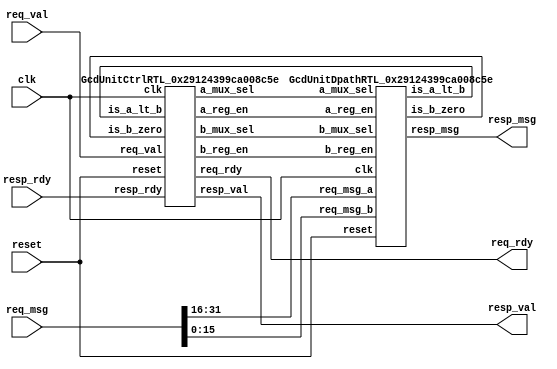
//-----------------------------------------------------------------------------
// GcdUnit
//-----------------------------------------------------------------------------
// dump-vcd: False
// verilator-xinit: zeros
`default_nettype none
module GcdUnit
(
  input  wire [   0:0] clk,
  input  wire [  31:0] req_msg,
  output wire [   0:0] req_rdy,
  input  wire [   0:0] req_val,
  input  wire [   0:0] reset,
  output wire [  15:0] resp_msg,
  input  wire [   0:0] resp_rdy,
  output wire [   0:0] resp_val
);

  // ctrl temporaries
  wire   [   0:0] ctrl$is_b_zero;
  wire   [   0:0] ctrl$resp_rdy;
  wire   [   0:0] ctrl$clk;
  wire   [   0:0] ctrl$is_a_lt_b;
  wire   [   0:0] ctrl$req_val;
  wire   [   0:0] ctrl$reset;
  wire   [   1:0] ctrl$a_mux_sel;
  wire   [   0:0] ctrl$resp_val;
  wire   [   0:0] ctrl$b_mux_sel;
  wire   [   0:0] ctrl$b_reg_en;
  wire   [   0:0] ctrl$a_reg_en;
  wire   [   0:0] ctrl$req_rdy;

  GcdUnitCtrlRTL_0x29124399ca008c5e ctrl
  (
    .is_b_zero ( ctrl$is_b_zero ),
    .resp_rdy  ( ctrl$resp_rdy ),
    .clk       ( ctrl$clk ),
    .is_a_lt_b ( ctrl$is_a_lt_b ),
    .req_val   ( ctrl$req_val ),
    .reset     ( ctrl$reset ),
    .a_mux_sel ( ctrl$a_mux_sel ),
    .resp_val  ( ctrl$resp_val ),
    .b_mux_sel ( ctrl$b_mux_sel ),
    .b_reg_en  ( ctrl$b_reg_en ),
    .a_reg_en  ( ctrl$a_reg_en ),
    .req_rdy   ( ctrl$req_rdy )
  );

  // dpath temporaries
  wire   [   1:0] dpath$a_mux_sel;
  wire   [   0:0] dpath$clk;
  wire   [  15:0] dpath$req_msg_b;
  wire   [  15:0] dpath$req_msg_a;
  wire   [   0:0] dpath$b_mux_sel;
  wire   [   0:0] dpath$reset;
  wire   [   0:0] dpath$b_reg_en;
  wire   [   0:0] dpath$a_reg_en;
  wire   [   0:0] dpath$is_b_zero;
  wire   [  15:0] dpath$resp_msg;
  wire   [   0:0] dpath$is_a_lt_b;

  GcdUnitDpathRTL_0x29124399ca008c5e dpath
  (
    .a_mux_sel ( dpath$a_mux_sel ),
    .clk       ( dpath$clk ),
    .req_msg_b ( dpath$req_msg_b ),
    .req_msg_a ( dpath$req_msg_a ),
    .b_mux_sel ( dpath$b_mux_sel ),
    .reset     ( dpath$reset ),
    .b_reg_en  ( dpath$b_reg_en ),
    .a_reg_en  ( dpath$a_reg_en ),
    .is_b_zero ( dpath$is_b_zero ),
    .resp_msg  ( dpath$resp_msg ),
    .is_a_lt_b ( dpath$is_a_lt_b )
  );

  // signal connections
  assign ctrl$clk        = clk;
  assign ctrl$is_a_lt_b  = dpath$is_a_lt_b;
  assign ctrl$is_b_zero  = dpath$is_b_zero;
  assign ctrl$req_val    = req_val;
  assign ctrl$reset      = reset;
  assign ctrl$resp_rdy   = resp_rdy;
  assign dpath$a_mux_sel = ctrl$a_mux_sel;
  assign dpath$a_reg_en  = ctrl$a_reg_en;
  assign dpath$b_mux_sel = ctrl$b_mux_sel;
  assign dpath$b_reg_en  = ctrl$b_reg_en;
  assign dpath$clk       = clk;
  assign dpath$req_msg_a = req_msg[31:16];
  assign dpath$req_msg_b = req_msg[15:0];
  assign dpath$reset     = reset;
  assign req_rdy         = ctrl$req_rdy;
  assign resp_msg        = dpath$resp_msg;
  assign resp_val        = ctrl$resp_val;



endmodule // GcdUnit
`default_nettype wire

//-----------------------------------------------------------------------------
// GcdUnitCtrlRTL_0x29124399ca008c5e
//-----------------------------------------------------------------------------
// dump-vcd: False
// verilator-xinit: zeros
`default_nettype none
module GcdUnitCtrlRTL_0x29124399ca008c5e
(
  output reg  [   1:0] a_mux_sel,
  output reg  [   0:0] a_reg_en,
  output reg  [   0:0] b_mux_sel,
  output reg  [   0:0] b_reg_en,
  input  wire [   0:0] clk,
  input  wire [   0:0] is_a_lt_b,
  input  wire [   0:0] is_b_zero,
  output reg  [   0:0] req_rdy,
  input  wire [   0:0] req_val,
  input  wire [   0:0] reset,
  input  wire [   0:0] resp_rdy,
  output reg  [   0:0] resp_val
);

  // register declarations
  reg    [   1:0] curr_state__0;
  reg    [   1:0] current_state__1;
  reg    [   0:0] do_sub;
  reg    [   0:0] do_swap;
  reg    [   1:0] next_state__0;
  reg    [   1:0] state$in_;

  // localparam declarations
  localparam A_MUX_SEL_B = 2;
  localparam A_MUX_SEL_IN = 0;
  localparam A_MUX_SEL_SUB = 1;
  localparam A_MUX_SEL_X = 0;
  localparam B_MUX_SEL_A = 0;
  localparam B_MUX_SEL_IN = 1;
  localparam B_MUX_SEL_X = 0;
  localparam STATE_CALC = 1;
  localparam STATE_DONE = 2;
  localparam STATE_IDLE = 0;

  // state temporaries
  wire   [   0:0] state$reset;
  wire   [   0:0] state$clk;
  wire   [   1:0] state$out;

  RegRst_0x9f365fdf6c8998a state
  (
    .reset ( state$reset ),
    .in_   ( state$in_ ),
    .clk   ( state$clk ),
    .out   ( state$out )
  );

  // signal connections
  assign state$clk   = clk;
  assign state$reset = reset;


  // PYMTL SOURCE:
  //
  // @s.combinational
  // def state_transitions():
  //
  //       curr_state = s.state.out
  //       next_state = s.state.out
  //
  //       # Transitions out of IDLE state
  //
  //       if ( curr_state == s.STATE_IDLE ):
  //         if ( s.req_val and s.req_rdy ):
  //           next_state = s.STATE_CALC
  //
  //       # Transitions out of CALC state
  //
  //       if ( curr_state == s.STATE_CALC ):
  //         if ( not s.is_a_lt_b and s.is_b_zero ):
  //           next_state = s.STATE_DONE
  //
  //       # Transitions out of DONE state
  //
  //       if ( curr_state == s.STATE_DONE ):
  //         if ( s.resp_val and s.resp_rdy ):
  //           next_state = s.STATE_IDLE
  //
  //       s.state.in_.value = next_state

  // logic for state_transitions()
  always @ (*) begin
    curr_state__0 = state$out;
    next_state__0 = state$out;
    if ((curr_state__0 == STATE_IDLE)) begin
      if ((req_val&&req_rdy)) begin
        next_state__0 = STATE_CALC;
      end
      else begin
      end
    end
    else begin
    end
    if ((curr_state__0 == STATE_CALC)) begin
      if ((!is_a_lt_b&&is_b_zero)) begin
        next_state__0 = STATE_DONE;
      end
      else begin
      end
    end
    else begin
    end
    if ((curr_state__0 == STATE_DONE)) begin
      if ((resp_val&&resp_rdy)) begin
        next_state__0 = STATE_IDLE;
      end
      else begin
      end
    end
    else begin
    end
    state$in_ = next_state__0;
  end

  // PYMTL SOURCE:
  //
  // @s.combinational
  // def state_outputs():
  //
  //       current_state = s.state.out
  //
  //       # Avoid latches
  //
  //       s.do_swap.value   = 0
  //       s.do_sub .value   = 0
  //
  //       s.req_rdy.value   = 0
  //       s.resp_val.value  = 0
  //       s.a_mux_sel.value = 0
  //       s.a_reg_en.value  = 0
  //       s.b_mux_sel.value = 0
  //       s.b_reg_en.value  = 0
  //
  //       # In IDLE state we simply wait for inputs to arrive and latch them
  //
  //       if current_state == s.STATE_IDLE:
  //         s.req_rdy.value   = 1
  //         s.resp_val.value  = 0
  //         s.a_mux_sel.value = A_MUX_SEL_IN
  //         s.a_reg_en.value  = 1
  //         s.b_mux_sel.value = B_MUX_SEL_IN
  //         s.b_reg_en.value  = 1
  //
  //       # In CALC state we iteratively swap/sub to calculate GCD
  //
  //       elif current_state == s.STATE_CALC:
  //
  //         s.do_swap.value = s.is_a_lt_b
  //         s.do_sub.value  = ~s.is_b_zero
  //
  //         s.req_rdy.value   = 0
  //         s.resp_val.value  = 0
  //         s.a_mux_sel.value = A_MUX_SEL_B if s.do_swap else A_MUX_SEL_SUB
  //         s.a_reg_en.value  = 1
  //         s.b_mux_sel.value = B_MUX_SEL_A
  //         s.b_reg_en.value  = s.do_swap
  //
  //       # In DONE state we simply wait for output transaction to occur
  //
  //       elif current_state == s.STATE_DONE:
  //         s.req_rdy.value   = 0
  //         s.resp_val.value  = 1
  //         s.a_mux_sel.value = A_MUX_SEL_X
  //         s.a_reg_en.value  = 0
  //         s.b_mux_sel.value = B_MUX_SEL_X
  //         s.b_reg_en.value  = 0

  // logic for state_outputs()
  always @ (*) begin
    current_state__1 = state$out;
    do_swap = 0;
    do_sub = 0;
    req_rdy = 0;
    resp_val = 0;
    a_mux_sel = 0;
    a_reg_en = 0;
    b_mux_sel = 0;
    b_reg_en = 0;
    if ((current_state__1 == STATE_IDLE)) begin
      req_rdy = 1;
      resp_val = 0;
      a_mux_sel = A_MUX_SEL_IN;
      a_reg_en = 1;
      b_mux_sel = B_MUX_SEL_IN;
      b_reg_en = 1;
    end
    else begin
      if ((current_state__1 == STATE_CALC)) begin
        do_swap = is_a_lt_b;
        do_sub = ~is_b_zero;
        req_rdy = 0;
        resp_val = 0;
        a_mux_sel = do_swap ? A_MUX_SEL_B : A_MUX_SEL_SUB;
        a_reg_en = 1;
        b_mux_sel = B_MUX_SEL_A;
        b_reg_en = do_swap;
      end
      else begin
        if ((current_state__1 == STATE_DONE)) begin
          req_rdy = 0;
          resp_val = 1;
          a_mux_sel = A_MUX_SEL_X;
          a_reg_en = 0;
          b_mux_sel = B_MUX_SEL_X;
          b_reg_en = 0;
        end
        else begin
        end
      end
    end
  end


endmodule // GcdUnitCtrlRTL_0x29124399ca008c5e
`default_nettype wire

//-----------------------------------------------------------------------------
// RegRst_0x9f365fdf6c8998a
//-----------------------------------------------------------------------------
// dtype: 2
// reset_value: 0
// dump-vcd: False
// verilator-xinit: zeros
`default_nettype none
module RegRst_0x9f365fdf6c8998a
(
  input  wire [   0:0] clk,
  input  wire [   1:0] in_,
  output reg  [   1:0] out,
  input  wire [   0:0] reset
);

  // localparam declarations
  localparam reset_value = 0;



  // PYMTL SOURCE:
  //
  // @s.posedge_clk
  // def seq_logic():
  //       if s.reset:
  //         s.out.next = reset_value
  //       else:
  //         s.out.next = s.in_

  // logic for seq_logic()
  always @ (posedge clk) begin
    if (reset) begin
      out <= reset_value;
    end
    else begin
      out <= in_;
    end
  end


endmodule // RegRst_0x9f365fdf6c8998a
`default_nettype wire

//-----------------------------------------------------------------------------
// GcdUnitDpathRTL_0x29124399ca008c5e
//-----------------------------------------------------------------------------
// dump-vcd: False
// verilator-xinit: zeros
`default_nettype none
module GcdUnitDpathRTL_0x29124399ca008c5e
(
  input  wire [   1:0] a_mux_sel,
  input  wire [   0:0] a_reg_en,
  input  wire [   0:0] b_mux_sel,
  input  wire [   0:0] b_reg_en,
  input  wire [   0:0] clk,
  output wire [   0:0] is_a_lt_b,
  output wire [   0:0] is_b_zero,
  input  wire [  15:0] req_msg_a,
  input  wire [  15:0] req_msg_b,
  input  wire [   0:0] reset,
  output wire [  15:0] resp_msg
);

  // wire declarations
  wire   [  15:0] sub_out;
  wire   [  15:0] b_reg_out;


  // a_reg temporaries
  wire   [   0:0] a_reg$reset;
  wire   [  15:0] a_reg$in_;
  wire   [   0:0] a_reg$clk;
  wire   [   0:0] a_reg$en;
  wire   [  15:0] a_reg$out;

  RegEn_0x68db79c4ec1d6e5b a_reg
  (
    .reset ( a_reg$reset ),
    .in_   ( a_reg$in_ ),
    .clk   ( a_reg$clk ),
    .en    ( a_reg$en ),
    .out   ( a_reg$out )
  );

  // a_lt_b temporaries
  wire   [   0:0] a_lt_b$reset;
  wire   [   0:0] a_lt_b$clk;
  wire   [  15:0] a_lt_b$in0;
  wire   [  15:0] a_lt_b$in1;
  wire   [   0:0] a_lt_b$out;

  LtComparator_0x422b1f52edd46a85 a_lt_b
  (
    .reset ( a_lt_b$reset ),
    .clk   ( a_lt_b$clk ),
    .in0   ( a_lt_b$in0 ),
    .in1   ( a_lt_b$in1 ),
    .out   ( a_lt_b$out )
  );

  // b_zero temporaries
  wire   [   0:0] b_zero$reset;
  wire   [  15:0] b_zero$in_;
  wire   [   0:0] b_zero$clk;
  wire   [   0:0] b_zero$out;

  ZeroComparator_0x422b1f52edd46a85 b_zero
  (
    .reset ( b_zero$reset ),
    .in_   ( b_zero$in_ ),
    .clk   ( b_zero$clk ),
    .out   ( b_zero$out )
  );

  // a_mux temporaries
  wire   [   0:0] a_mux$reset;
  wire   [  15:0] a_mux$in_$000;
  wire   [  15:0] a_mux$in_$001;
  wire   [  15:0] a_mux$in_$002;
  wire   [   0:0] a_mux$clk;
  wire   [   1:0] a_mux$sel;
  wire   [  15:0] a_mux$out;

  Mux_0x683fa1a418b072c9 a_mux
  (
    .reset   ( a_mux$reset ),
    .in_$000 ( a_mux$in_$000 ),
    .in_$001 ( a_mux$in_$001 ),
    .in_$002 ( a_mux$in_$002 ),
    .clk     ( a_mux$clk ),
    .sel     ( a_mux$sel ),
    .out     ( a_mux$out )
  );

  // b_mux temporaries
  wire   [   0:0] b_mux$reset;
  wire   [  15:0] b_mux$in_$000;
  wire   [  15:0] b_mux$in_$001;
  wire   [   0:0] b_mux$clk;
  wire   [   0:0] b_mux$sel;
  wire   [  15:0] b_mux$out;

  Mux_0xdd6473406d1a99a b_mux
  (
    .reset   ( b_mux$reset ),
    .in_$000 ( b_mux$in_$000 ),
    .in_$001 ( b_mux$in_$001 ),
    .clk     ( b_mux$clk ),
    .sel     ( b_mux$sel ),
    .out     ( b_mux$out )
  );

  // sub temporaries
  wire   [   0:0] sub$reset;
  wire   [   0:0] sub$clk;
  wire   [  15:0] sub$in0;
  wire   [  15:0] sub$in1;
  wire   [  15:0] sub$out;

  Subtractor_0x422b1f52edd46a85 sub
  (
    .reset ( sub$reset ),
    .clk   ( sub$clk ),
    .in0   ( sub$in0 ),
    .in1   ( sub$in1 ),
    .out   ( sub$out )
  );

  // b_reg temporaries
  wire   [   0:0] b_reg$reset;
  wire   [  15:0] b_reg$in_;
  wire   [   0:0] b_reg$clk;
  wire   [   0:0] b_reg$en;
  wire   [  15:0] b_reg$out;

  RegEn_0x68db79c4ec1d6e5b b_reg
  (
    .reset ( b_reg$reset ),
    .in_   ( b_reg$in_ ),
    .clk   ( b_reg$clk ),
    .en    ( b_reg$en ),
    .out   ( b_reg$out )
  );

  // signal connections
  assign a_lt_b$clk    = clk;
  assign a_lt_b$in0    = a_reg$out;
  assign a_lt_b$in1    = b_reg$out;
  assign a_lt_b$reset  = reset;
  assign a_mux$clk     = clk;
  assign a_mux$in_$000 = req_msg_a;
  assign a_mux$in_$001 = sub_out;
  assign a_mux$in_$002 = b_reg_out;
  assign a_mux$reset   = reset;
  assign a_mux$sel     = a_mux_sel;
  assign a_reg$clk     = clk;
  assign a_reg$en      = a_reg_en;
  assign a_reg$in_     = a_mux$out;
  assign a_reg$reset   = reset;
  assign b_mux$clk     = clk;
  assign b_mux$in_$000 = a_reg$out;
  assign b_mux$in_$001 = req_msg_b;
  assign b_mux$reset   = reset;
  assign b_mux$sel     = b_mux_sel;
  assign b_reg$clk     = clk;
  assign b_reg$en      = b_reg_en;
  assign b_reg$in_     = b_mux$out;
  assign b_reg$reset   = reset;
  assign b_reg_out     = b_reg$out;
  assign b_zero$clk    = clk;
  assign b_zero$in_    = b_reg$out;
  assign b_zero$reset  = reset;
  assign is_a_lt_b     = a_lt_b$out;
  assign is_b_zero     = b_zero$out;
  assign resp_msg      = sub$out;
  assign sub$clk       = clk;
  assign sub$in0       = a_reg$out;
  assign sub$in1       = b_reg$out;
  assign sub$reset     = reset;
  assign sub_out       = sub$out;



endmodule // GcdUnitDpathRTL_0x29124399ca008c5e
`default_nettype wire

//-----------------------------------------------------------------------------
// RegEn_0x68db79c4ec1d6e5b
//-----------------------------------------------------------------------------
// dtype: 16
// dump-vcd: False
// verilator-xinit: zeros
`default_nettype none
module RegEn_0x68db79c4ec1d6e5b
(
  input  wire [   0:0] clk,
  input  wire [   0:0] en,
  input  wire [  15:0] in_,
  output reg  [  15:0] out,
  input  wire [   0:0] reset
);



  // PYMTL SOURCE:
  //
  // @s.posedge_clk
  // def seq_logic():
  //       if s.en:
  //         s.out.next = s.in_

  // logic for seq_logic()
  always @ (posedge clk) begin
    if (en) begin
      out <= in_;
    end
    else begin
    end
  end


endmodule // RegEn_0x68db79c4ec1d6e5b
`default_nettype wire

//-----------------------------------------------------------------------------
// LtComparator_0x422b1f52edd46a85
//-----------------------------------------------------------------------------
// nbits: 16
// dump-vcd: False
// verilator-xinit: zeros
`default_nettype none
module LtComparator_0x422b1f52edd46a85
(
  input  wire [   0:0] clk,
  input  wire [  15:0] in0,
  input  wire [  15:0] in1,
  output reg  [   0:0] out,
  input  wire [   0:0] reset
);



  // PYMTL SOURCE:
  //
  // @s.combinational
  // def comb_logic():
  //       s.out.value = s.in0 < s.in1

  // logic for comb_logic()
  always @ (*) begin
    out = (in0 < in1);
  end


endmodule // LtComparator_0x422b1f52edd46a85
`default_nettype wire

//-----------------------------------------------------------------------------
// ZeroComparator_0x422b1f52edd46a85
//-----------------------------------------------------------------------------
// nbits: 16
// dump-vcd: False
// verilator-xinit: zeros
`default_nettype none
module ZeroComparator_0x422b1f52edd46a85
(
  input  wire [   0:0] clk,
  input  wire [  15:0] in_,
  output reg  [   0:0] out,
  input  wire [   0:0] reset
);



  // PYMTL SOURCE:
  //
  // @s.combinational
  // def comb_logic():
  //       s.out.value = s.in_ == 0

  // logic for comb_logic()
  always @ (*) begin
    out = (in_ == 0);
  end


endmodule // ZeroComparator_0x422b1f52edd46a85
`default_nettype wire

//-----------------------------------------------------------------------------
// Mux_0x683fa1a418b072c9
//-----------------------------------------------------------------------------
// dtype: 16
// nports: 3
// dump-vcd: False
// verilator-xinit: zeros
`default_nettype none
module Mux_0x683fa1a418b072c9
(
  input  wire [   0:0] clk,
  input  wire [  15:0] in_$000,
  input  wire [  15:0] in_$001,
  input  wire [  15:0] in_$002,
  output reg  [  15:0] out,
  input  wire [   0:0] reset,
  input  wire [   1:0] sel
);

  // localparam declarations
  localparam nports = 3;


  // array declarations
  wire   [  15:0] in_[0:2];
  assign in_[  0] = in_$000;
  assign in_[  1] = in_$001;
  assign in_[  2] = in_$002;

  // PYMTL SOURCE:
  //
  // @s.combinational
  // def comb_logic():
  //       assert s.sel < nports
  //       s.out.v = s.in_[ s.sel ]

  // logic for comb_logic()
  always @ (*) begin
    out = in_[sel];
  end


endmodule // Mux_0x683fa1a418b072c9
`default_nettype wire

//-----------------------------------------------------------------------------
// Mux_0xdd6473406d1a99a
//-----------------------------------------------------------------------------
// dtype: 16
// nports: 2
// dump-vcd: False
// verilator-xinit: zeros
`default_nettype none
module Mux_0xdd6473406d1a99a
(
  input  wire [   0:0] clk,
  input  wire [  15:0] in_$000,
  input  wire [  15:0] in_$001,
  output reg  [  15:0] out,
  input  wire [   0:0] reset,
  input  wire [   0:0] sel
);

  // localparam declarations
  localparam nports = 2;


  // array declarations
  wire   [  15:0] in_[0:1];
  assign in_[  0] = in_$000;
  assign in_[  1] = in_$001;

  // PYMTL SOURCE:
  //
  // @s.combinational
  // def comb_logic():
  //       assert s.sel < nports
  //       s.out.v = s.in_[ s.sel ]

  // logic for comb_logic()
  always @ (*) begin
    out = in_[sel];
  end


endmodule // Mux_0xdd6473406d1a99a
`default_nettype wire

//-----------------------------------------------------------------------------
// Subtractor_0x422b1f52edd46a85
//-----------------------------------------------------------------------------
// nbits: 16
// dump-vcd: False
// verilator-xinit: zeros
`default_nettype none
module Subtractor_0x422b1f52edd46a85
(
  input  wire [   0:0] clk,
  input  wire [  15:0] in0,
  input  wire [  15:0] in1,
  output reg  [  15:0] out,
  input  wire [   0:0] reset
);



  // PYMTL SOURCE:
  //
  // @s.combinational
  // def comb_logic():
  //       s.out.value = s.in0 - s.in1

  // logic for comb_logic()
  always @ (*) begin
    out = (in0-in1);
  end


endmodule // Subtractor_0x422b1f52edd46a85
`default_nettype wire